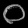
Digit: ၀